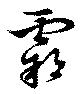
覇